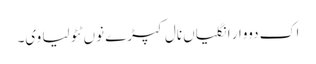
اک دووار انگلیاں نال کپڑے نوں ٹٹولیا وی۔